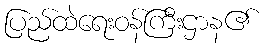
ပြည်ထဲရေးဝန်ကြီးဌာန၏